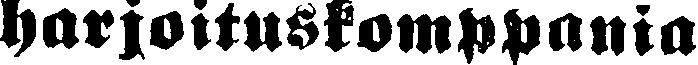
harjoituskomppania